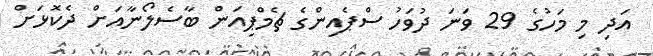
އަދި މި މަހުގެ 29 ވަނަ ދުވަހު ސްޕެއިންގެ ޗެމްޕިއަން ބާސެލޯނާއަށް ދެކޮޅަށް